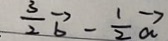
\frac { 3 } { 2 } \overrightarrow { b } - \frac { 1 } { 2 } \overrightarrow { a }